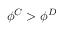
\phi ^ { C } > \phi ^ { D }